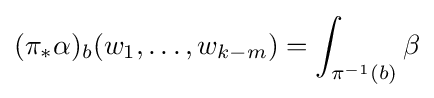
(\pi _{*}\alpha )_{b}(w_{1},\dots ,w_{k-m})=\int _{\pi ^{-1}(b)}\beta